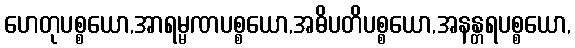
ဟေတုပစ္စယော,အာရမ္မဏပစ္စယော,အဓိပတိပစ္စယော,အနန္တရပစ္စယော,